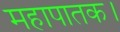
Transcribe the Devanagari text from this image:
महापातक।